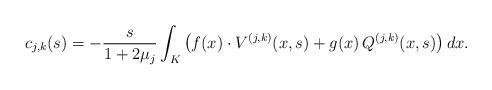
LaTeX: \begin{align*} c_{j,k}(s) = -\frac{s}{1+2\mu_j} \int_K \big( f(x)\cdot V^{(j,k)}(x,s)+g(x)\, Q^{(j,k)}(x,s) \big)\, dx.\end{align*}